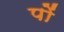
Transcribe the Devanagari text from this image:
पों